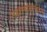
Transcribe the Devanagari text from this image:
नक्षल्यवाद्यांना